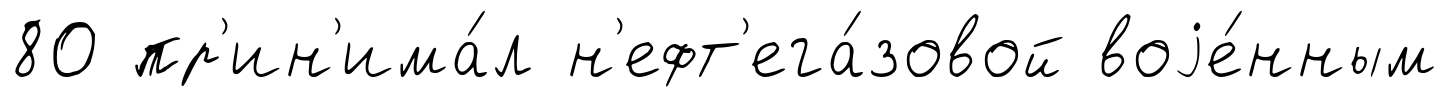
80 пр'ин'има́л н'ефт'ега́зовой воjе́нным